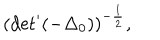
( \mathrm { d e t } ^ { \prime } ( - { \Delta } _ { 0 } ) ) ^ { - \frac { 1 } { 2 } } ,